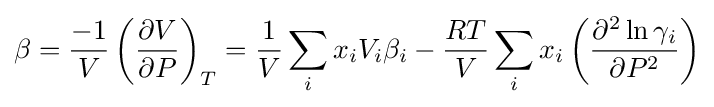
\beta ={\frac {-1}{V}}\left({\frac {\partial V}{\partial P}}\right)_{T}={\frac {1}{V}}\sum _{i}x_{i}V_{i}\beta _{i}-{\frac {RT}{V}}\sum _{i}x_{i}\left({\frac {\partial ^{2}\ln \gamma _{i}}{\partial P^{2}}}\right)